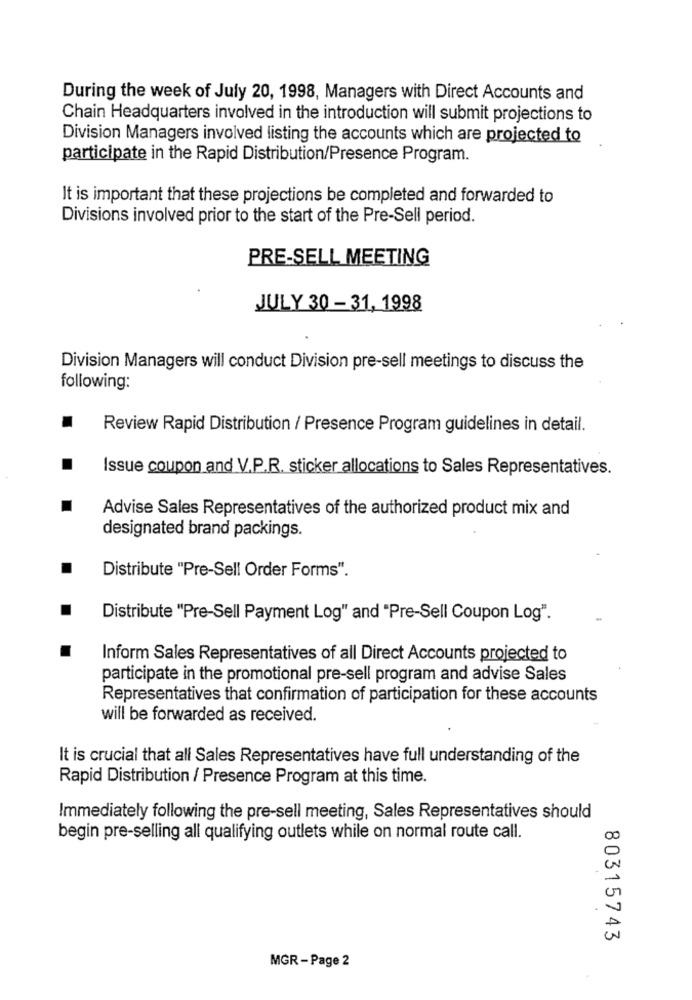
During the week of July 20, 1998, Managers with Direct Accounts and
Chain Headquarters involved in the introduction will submit projections to
Division Managers involved listing the accounts which are projected to
participate in the Rapid Distribution/Presence Program.
It is important that these projections be completed and forwarded to
Divisions involved prior to the start of the Pre-Sell period.
PRE-SELL MEETING
JULY 30 - 31, 1998
Division Managers will conduct Division pre-sell meetings to discuss the
following:
Review Rapid Distribution / Presence Program guidelines in detail.
Issue coupon and V.P.R. sticker allocations to Sales Representatives.
Advise Sales Representatives of the authorized product mix and
designated brand packings.
Distribute "Pre-Sell Order Forms".
Distribute "Pre-Sell Payment Log" and "Pre-Sell Coupon Log".
Inform Sales Representatives of all Direct Accounts projected to
participate in the promotional pre-sell program and advise Sales
Representatives that confirmation of participation for these accounts
will be forwarded as received.
It is crucial that all Sales Representatives have full understanding of the
Rapid Distribution / Presence Program at this time.
Immediately following the pre-sell meeting, Sales Representatives should
begin pre-selling all qualifying outlets while on normal route call.
80315743
MGR -Page 2